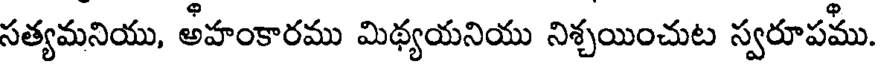
సత్యమనియు, అహంకారము మిథ్యయనియు నిశ్చయించుట స్వరూపము.